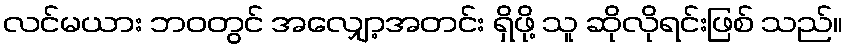
လင်မယား ဘဝတွင် အလျှော့အတင်း ရှိဖို့ သူ ဆိုလိုရင်းဖြစ် သည်။